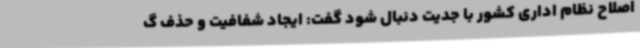
اصلاح نظام اداری کشور با جدیت دنبال شود گفت: ایجاد شفافیت و حذف گ